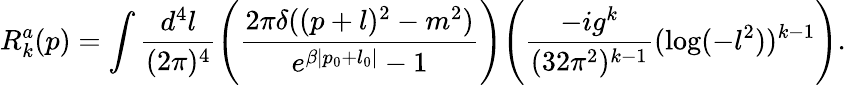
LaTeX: R_{k}^{a}(p)=\int\frac{d^{4}l}{(2\pi)^{4}}\Bigg(\frac{2\pi\delta((p+l)^{2}-m^{2})}{e^{\beta|p_{0}+l_{0}|}-1}\Bigg)\Bigg(\frac{-ig^{k}}{(32\pi^{2})^{k-1}}(\log(-l^{2}))^{k-1}\Bigg).